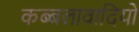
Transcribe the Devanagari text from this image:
कब्बलावादियों